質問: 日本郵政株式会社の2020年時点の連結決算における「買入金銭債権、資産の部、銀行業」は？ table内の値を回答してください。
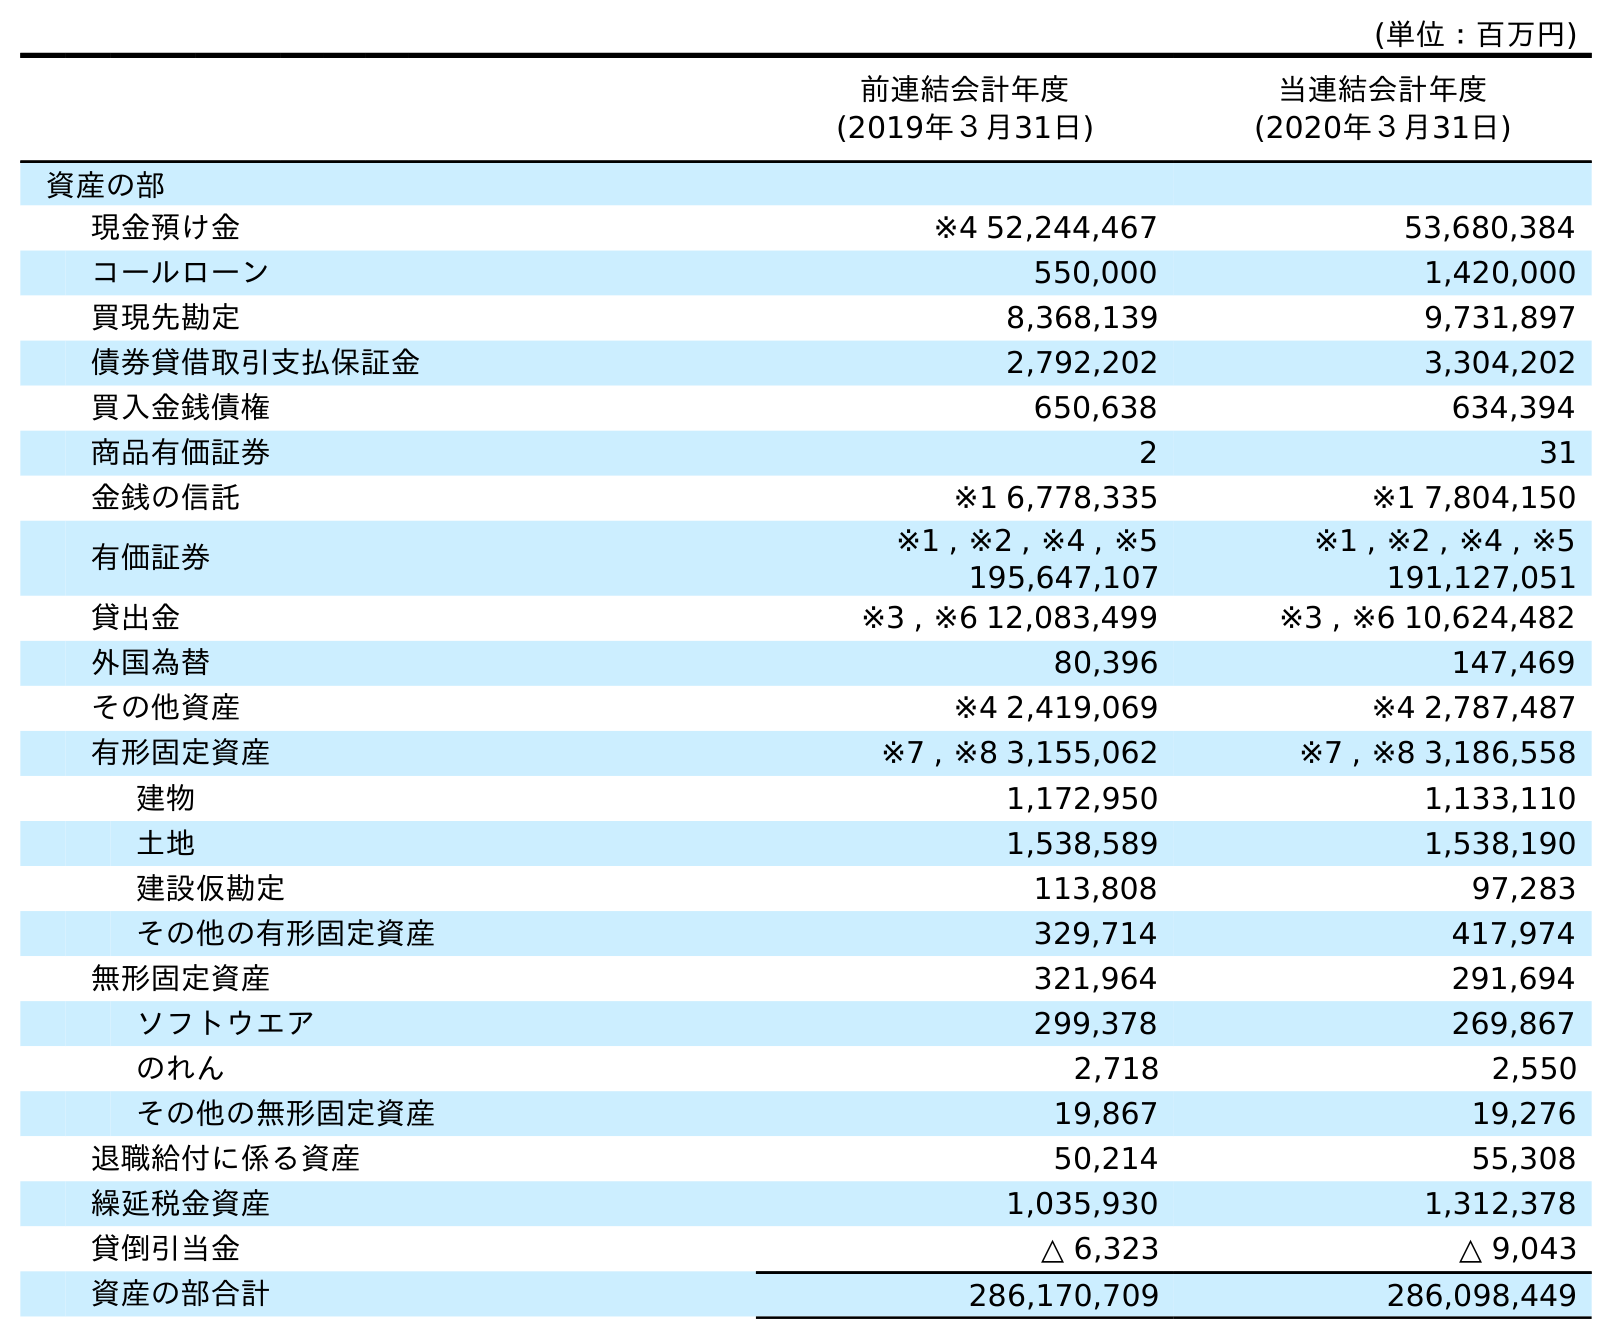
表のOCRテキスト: (単位：百万円) 前連結会計年度 (2019年３月31日) 当連結会計年度 (2020年３月31日) 資産の部 現金預け金 ※4 52,244,467 53,680,384 コールローン 550,000 1,420,000 買現先勘定 8,368,139 9,731,897 債券貸借取引支払保証金 2,792,202 3,304,202 買入金銭債権 650,638 634,394 商品有価証券 2 31 金銭の信託 ※1 6,778,335 ※1 7,804,150 有価証券 ※1 , ※2 , ※4 , ※5 195,647,107 ※1 , ※2 , ※4 , ※5 191,127,051 貸出金 ※3 , ※6 12,083,499 ※3 , ※6 10,624,482 外国為替 80,396 147,469 その他資産 ※4 2,419,069 ※4 2,787,487 有形固定資産 ※7 , ※8 3,155,062 ※7 , ※8 3,186,558 建物 1,172,950 1,133,110 土地 1,538,589 1,538,190 建設仮勘定 113,808 97,283 その他の有形固定資産 329,714 417,974 無形固定資産 321,964 291,694 ソフトウエア 299,378 269,867 のれん 2,718 2,550 その他の無形固定資産 19,867 19,276 退職給付に係る資産 50,214 55,308 繰延税金資産 1,035,930 1,312,378 貸倒引当金 △ 6,323 △ 9,043 資産の部合計 286,170,709 286,098,449
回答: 634,394